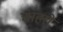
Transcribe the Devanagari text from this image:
चाहरों